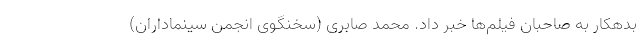
بدهکار به صاحبان فیلم‌ها خبر داد. محمد صابری (سخنگوی انجمن سینماداران)